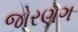
જોરણગ